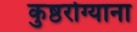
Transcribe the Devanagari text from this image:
कुष्ठरोग्याना